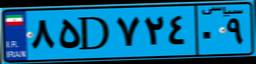
۹۴D۵۵۵۵۱